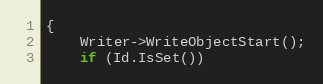
Language: C++
{
	Writer->WriteObjectStart();
	if (Id.IsSet())